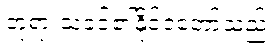
ဘုရားသခင်၏နိုင်ငံတော်သည်